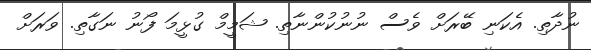
ނުދާތި. އެކަނި ބޭރަށް ވެސް ނުނުކުންނާތި. ޝަމީމް ގުޅީމަ ފޯނު ނަގާތި. ވަރަށް